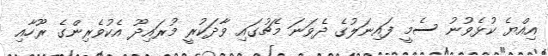
އިއްޔެ ކުޅެވުނު ސެމީ ފައިނަލުގެ ދެވަނަ މެޗުގައި ވާދަކުރީ މުރައިދޫ އެކުވެރިންގެ ރޫހާއި